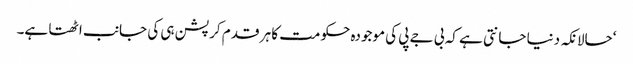
‘حالانکہ دنیا جانتی ہے کہ بی جے پی کی موجودہ حکومت کا ہر قدم کرپشن ہی کی جانب اٹھتا ہے۔